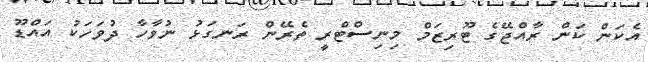
އެކަން ކަން ރާއްޖޭގެ ޓޫރިޒަމް މިނިސްޓްރީ ތެރޭން ރަނގަޅު ނުވާހާ ދުވަހަކު އައްޑޫ